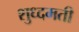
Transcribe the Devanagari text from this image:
शुध्दमती